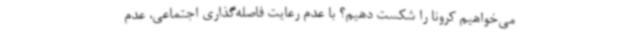
می‌خواهیم کرونا را شکست دهیم؟ با عدم رعایت فاصله‌گذاری اجتماعی، عدم